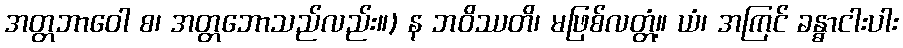
အတ္တဘာဝေါ စ၊ အတ္တဘောသည်လည်း။) န ဘဝိဿတိ၊ မဖြစ်လတ္တံ့။ ယံ၊ အကြင် ခန္ဓာငါးပါး